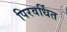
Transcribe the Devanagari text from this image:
पिरवर्धित